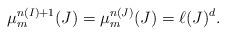
LaTeX: \begin{align*}\mu_{m}^{n(I)+1}(J)=\mu_{m}^{n(J)}(J)=\ell(J)^{d}.\end{align*}